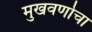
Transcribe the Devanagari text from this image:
मुखवर्णाचा